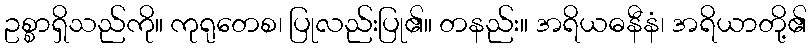
ဥစ္စာရှိသည်ကို။ ကုရုတေစ၊ ပြုလည်းပြု၏။ တနည်း။ အရိယဓနီနံ၊ အရိယာတို့၏